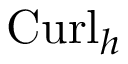
{ \mathrm { C u r l } _ { h } }